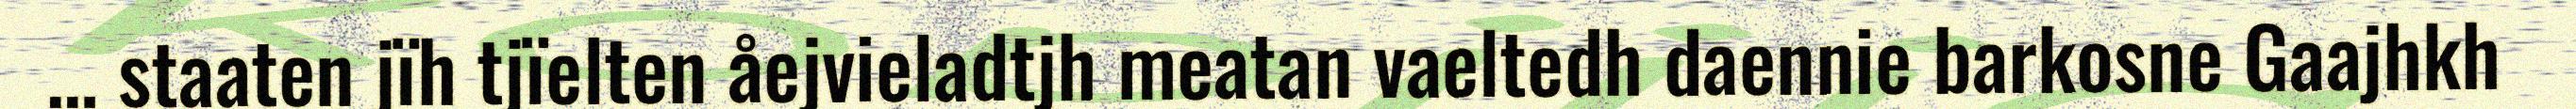
… staaten jïh tjïelten åejvieladtjh meatan vaeltedh daennie barkosne Gaajhkh